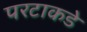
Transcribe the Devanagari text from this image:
परटाकडे